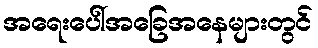
အရေးပေါ်အခြေအနေများတွင်